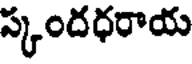
ప్కందధరాయ